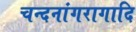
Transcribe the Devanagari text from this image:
चन्दनांगरागादि